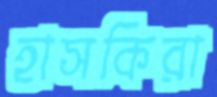
হাসকিরা